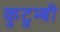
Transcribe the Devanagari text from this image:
कुटुम्बी